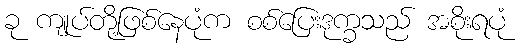
ခု ကျုပ်တို့ဖြစ်နေပုံက စစ်ပြေးဒုက္ခသည် အစိုးရပုံ